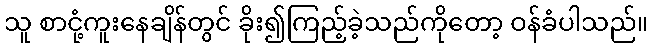
သူ စာငုံ့ကူးနေချိန်တွင် ခိုး၍ကြည့်ခဲ့သည်ကိုတော့ ဝန်ခံပါသည်။